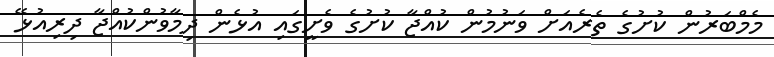
މެމްބަރުން ކުށުގެ ތެރެއަށް ވަނުމުން ކުއްޖާ ކުށުގެ ވެށީގައި އުޅެން ދިމާވުންކުއްޖާ ދިރިއުޅޭ